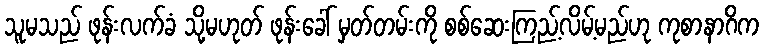
သူမသည် ဖုန်းလက်ခံ သို့မဟုတ် ဖုန်းခေါ် မှတ်တမ်းကို စစ်ဆေးကြည့်လိမ့်မည်ဟု ကုစာနာဂိက